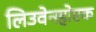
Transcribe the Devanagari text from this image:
लिउवेनहोएक